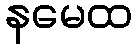
နမေထ